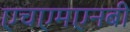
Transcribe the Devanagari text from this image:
एचएमएनबी